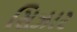
સિઝાર